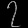
Digit: ၇